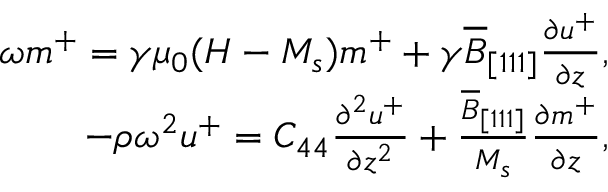
\begin{array} { r } { \omega m ^ { + } = \gamma \mu _ { 0 } ( H - M _ { s } ) m ^ { + } + \gamma \overline { { B } } _ { [ 1 1 1 ] } \frac { \partial u ^ { + } } { \partial z } , } \\ { - \rho \omega ^ { 2 } u ^ { + } = C _ { 4 4 } \frac { \partial ^ { 2 } u ^ { + } } { \partial z ^ { 2 } } + \frac { \overline { { B } } _ { [ 1 1 1 ] } } { M _ { s } } \frac { \partial m ^ { + } } { \partial z } , } \end{array}